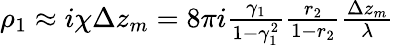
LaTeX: \begin{array}{r}{\rho_{1}\approx i\chi\Delta z_{m}=8\pi i\frac{\gamma_{1}}{1-\gamma_{1}^{2}}\frac{r_{2}}{1-r_{2}}\frac{\Delta z_{m}}{\lambda}}\end{array}